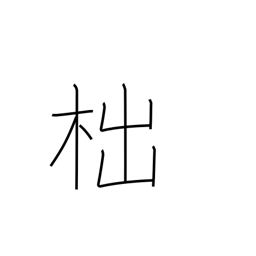
Meaning: a stump